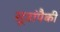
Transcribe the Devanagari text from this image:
सूत्रांपैकी